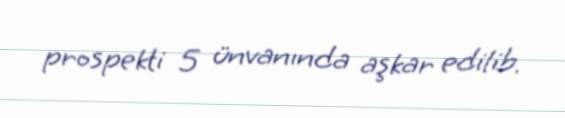
prospekti 5 ünvanında aşkar edilib.